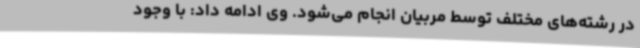
در رشته‌های مختلف توسط مربیان انجام می‌شود. وی ادامه داد: با وجود